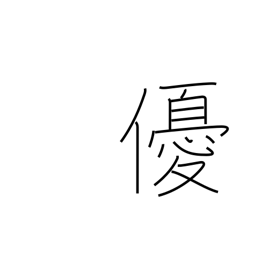
Meaning: actor